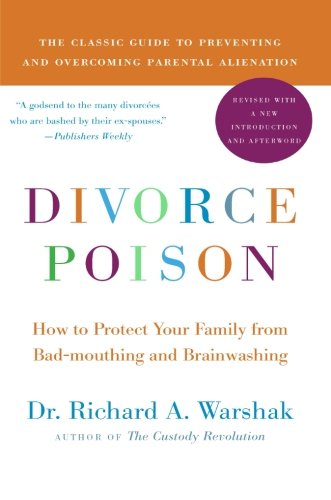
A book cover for Divorce Poison New and Updated Edition: How to Protect Your Family from Bad-mouthing and Brainwashing; Dr. Richard A. Warshak; Parenting & Relationships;